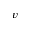
v